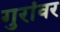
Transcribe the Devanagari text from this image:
गुरांवर